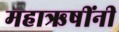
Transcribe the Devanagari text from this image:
महाऋषींनी